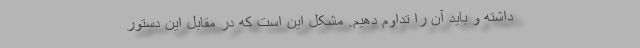
داشته و باید آن را تداوم دهیم. مشکل این است که در مقابل این دستور